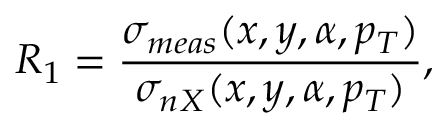
{ R _ { 1 } } = { \frac { \sigma _ { m e a s } ( x , y , \alpha , p _ { T } ) } { \sigma _ { n X } ( x , y , \alpha , p _ { T } ) } } ,